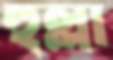
হুল্লা